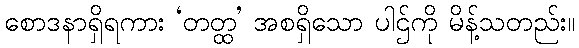
စောဒနာရှိရကား ‘တတ္ထ’ အစရှိသော ပါဌ်ကို မိန့်သတည်း။